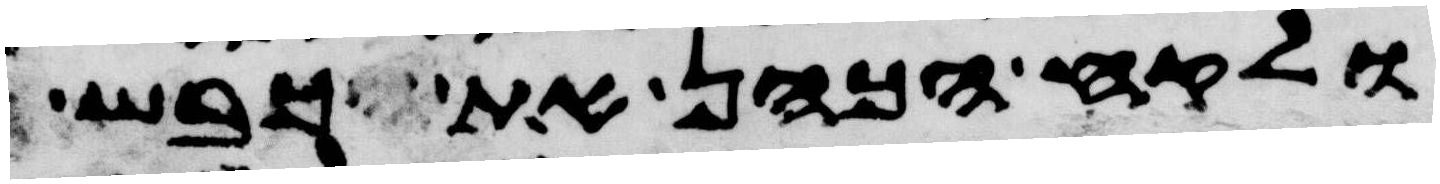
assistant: ולקח הכהן את כבש